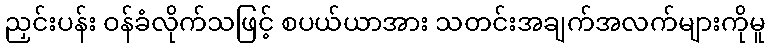
ညှင်းပန်း ဝန်ခံလိုက်သဖြင့် စပယ်ယာအား သတင်းအချက်အလက်များကိုမူ